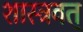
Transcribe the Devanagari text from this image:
शास्त्रवत्‌